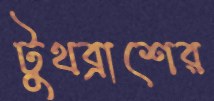
টুথব্রাশের